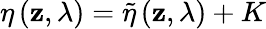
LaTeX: \eta\left(\mathbf{z},\lambda\right)=\widetilde{\eta}\left(\mathbf{z},\lambda\right)+K